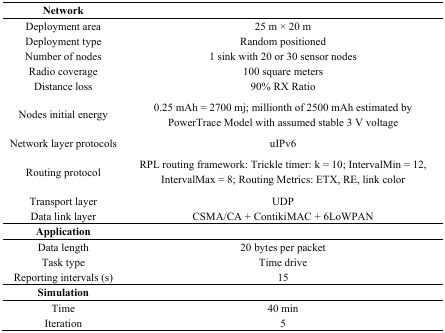
| Network |  |
 | --- | --- |
 | Deployment area | 25 m × 20 m |
 | Deployment type | Random positioned |
 | Number of nodes | 1 sink with 20 or 30 sensor nodes |
 | Radio coverage | 100 square meters |
 | Distance loss | 90% RX Ratio |
 | Nodes initial energy | 0.25 mAh = 2700 mj; millionth of 2500 mAh estimated by PowerTrace Model with assumed stable 3 V voltage |
 | Network layer protocols | uIPv6 |
 | Routing protocol | RPL routing framework: Trickle timer: k = 10; IntervalMin = 12, IntervalMax = 8; Routing Metrics: ETX, RE, link color |
 | Transport layer | UDP |
 | Data link layer | CSMA/CA + ContikiMAC + 6LoWPAN |
 | Application |  |
 | Data length | 20 bytes per packet |
 | Task type | Time drive |
 | Reporting intervals (s) | 15 |
 | Simulation |  |
 | Time | 40 min |
 | Iteration | 5 |